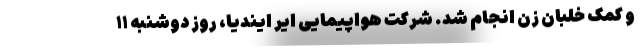
و کمک خلبان زن انجام شد. شرکت هواپیمایی ایر ایندیا، روز دوشنبه ۱۱